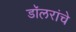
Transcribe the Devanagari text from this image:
डॉलरांचे